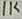
Text: 1K